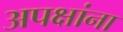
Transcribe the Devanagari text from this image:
अपक्षांना